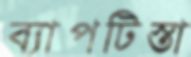
ব্যাপটিস্তা